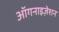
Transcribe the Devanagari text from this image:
ऑगनाइज़ेशन